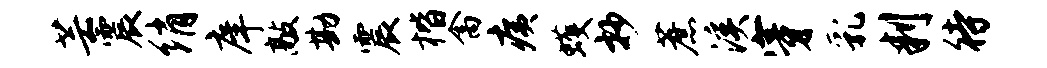
芸震绡庠敲勘震楷禽痍蠖抄蔗溪穿乳判待